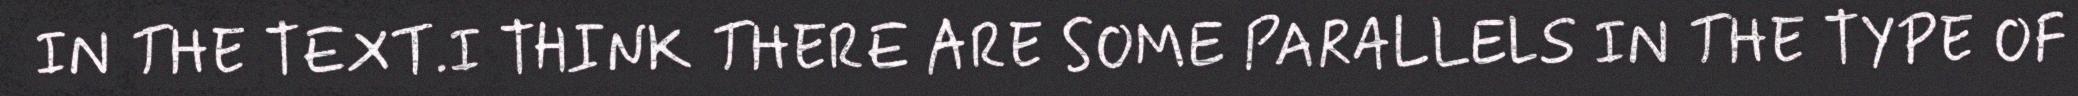
IN THE TEXT.I THINK THERE ARE SOME PARALLELS IN THE TYPE OF